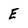
Character: E